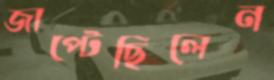
জাপ্‌টেছিলেন